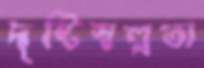
দৃষ্টিস্বল্পতা